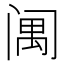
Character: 䦸